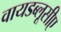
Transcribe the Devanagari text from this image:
वायडब्लूसीए